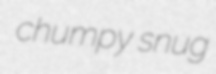
chumpy snug